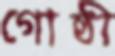
গোষ্ঠী